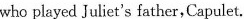
who played Juliet's father,Capulet.